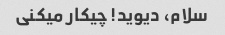
سلام، دیوید! چیکار میکنی